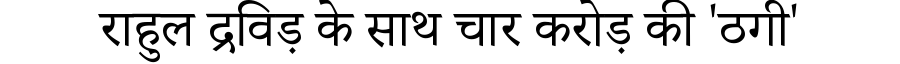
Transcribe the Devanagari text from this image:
राहुल द्रविड़ के साथ चार करोड़ की 'ठगी'